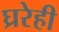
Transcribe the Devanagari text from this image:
घ्ररेही